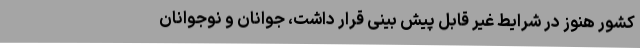
کشور هنوز در شرایط غیر قابل پیش بینی قرار داشت، جوانان و نوجوانان